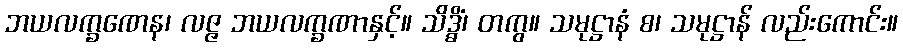
ဘယလက္ခဏေန၊ လဇ္ဇ ဘယလက္ခဏာနှင့်။ သိဒ္ဓိံ၊ တကွ။ သမုဋ္ဌာနံ စ၊ သမုဋ္ဌာန် လည်းကောင်း။